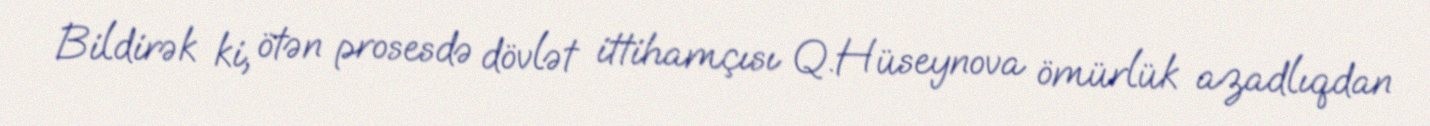
Bildirək ki, ötən prosesdə dövlət ittihamçısı Q.Hüseynova ömürlük azadlıqdan